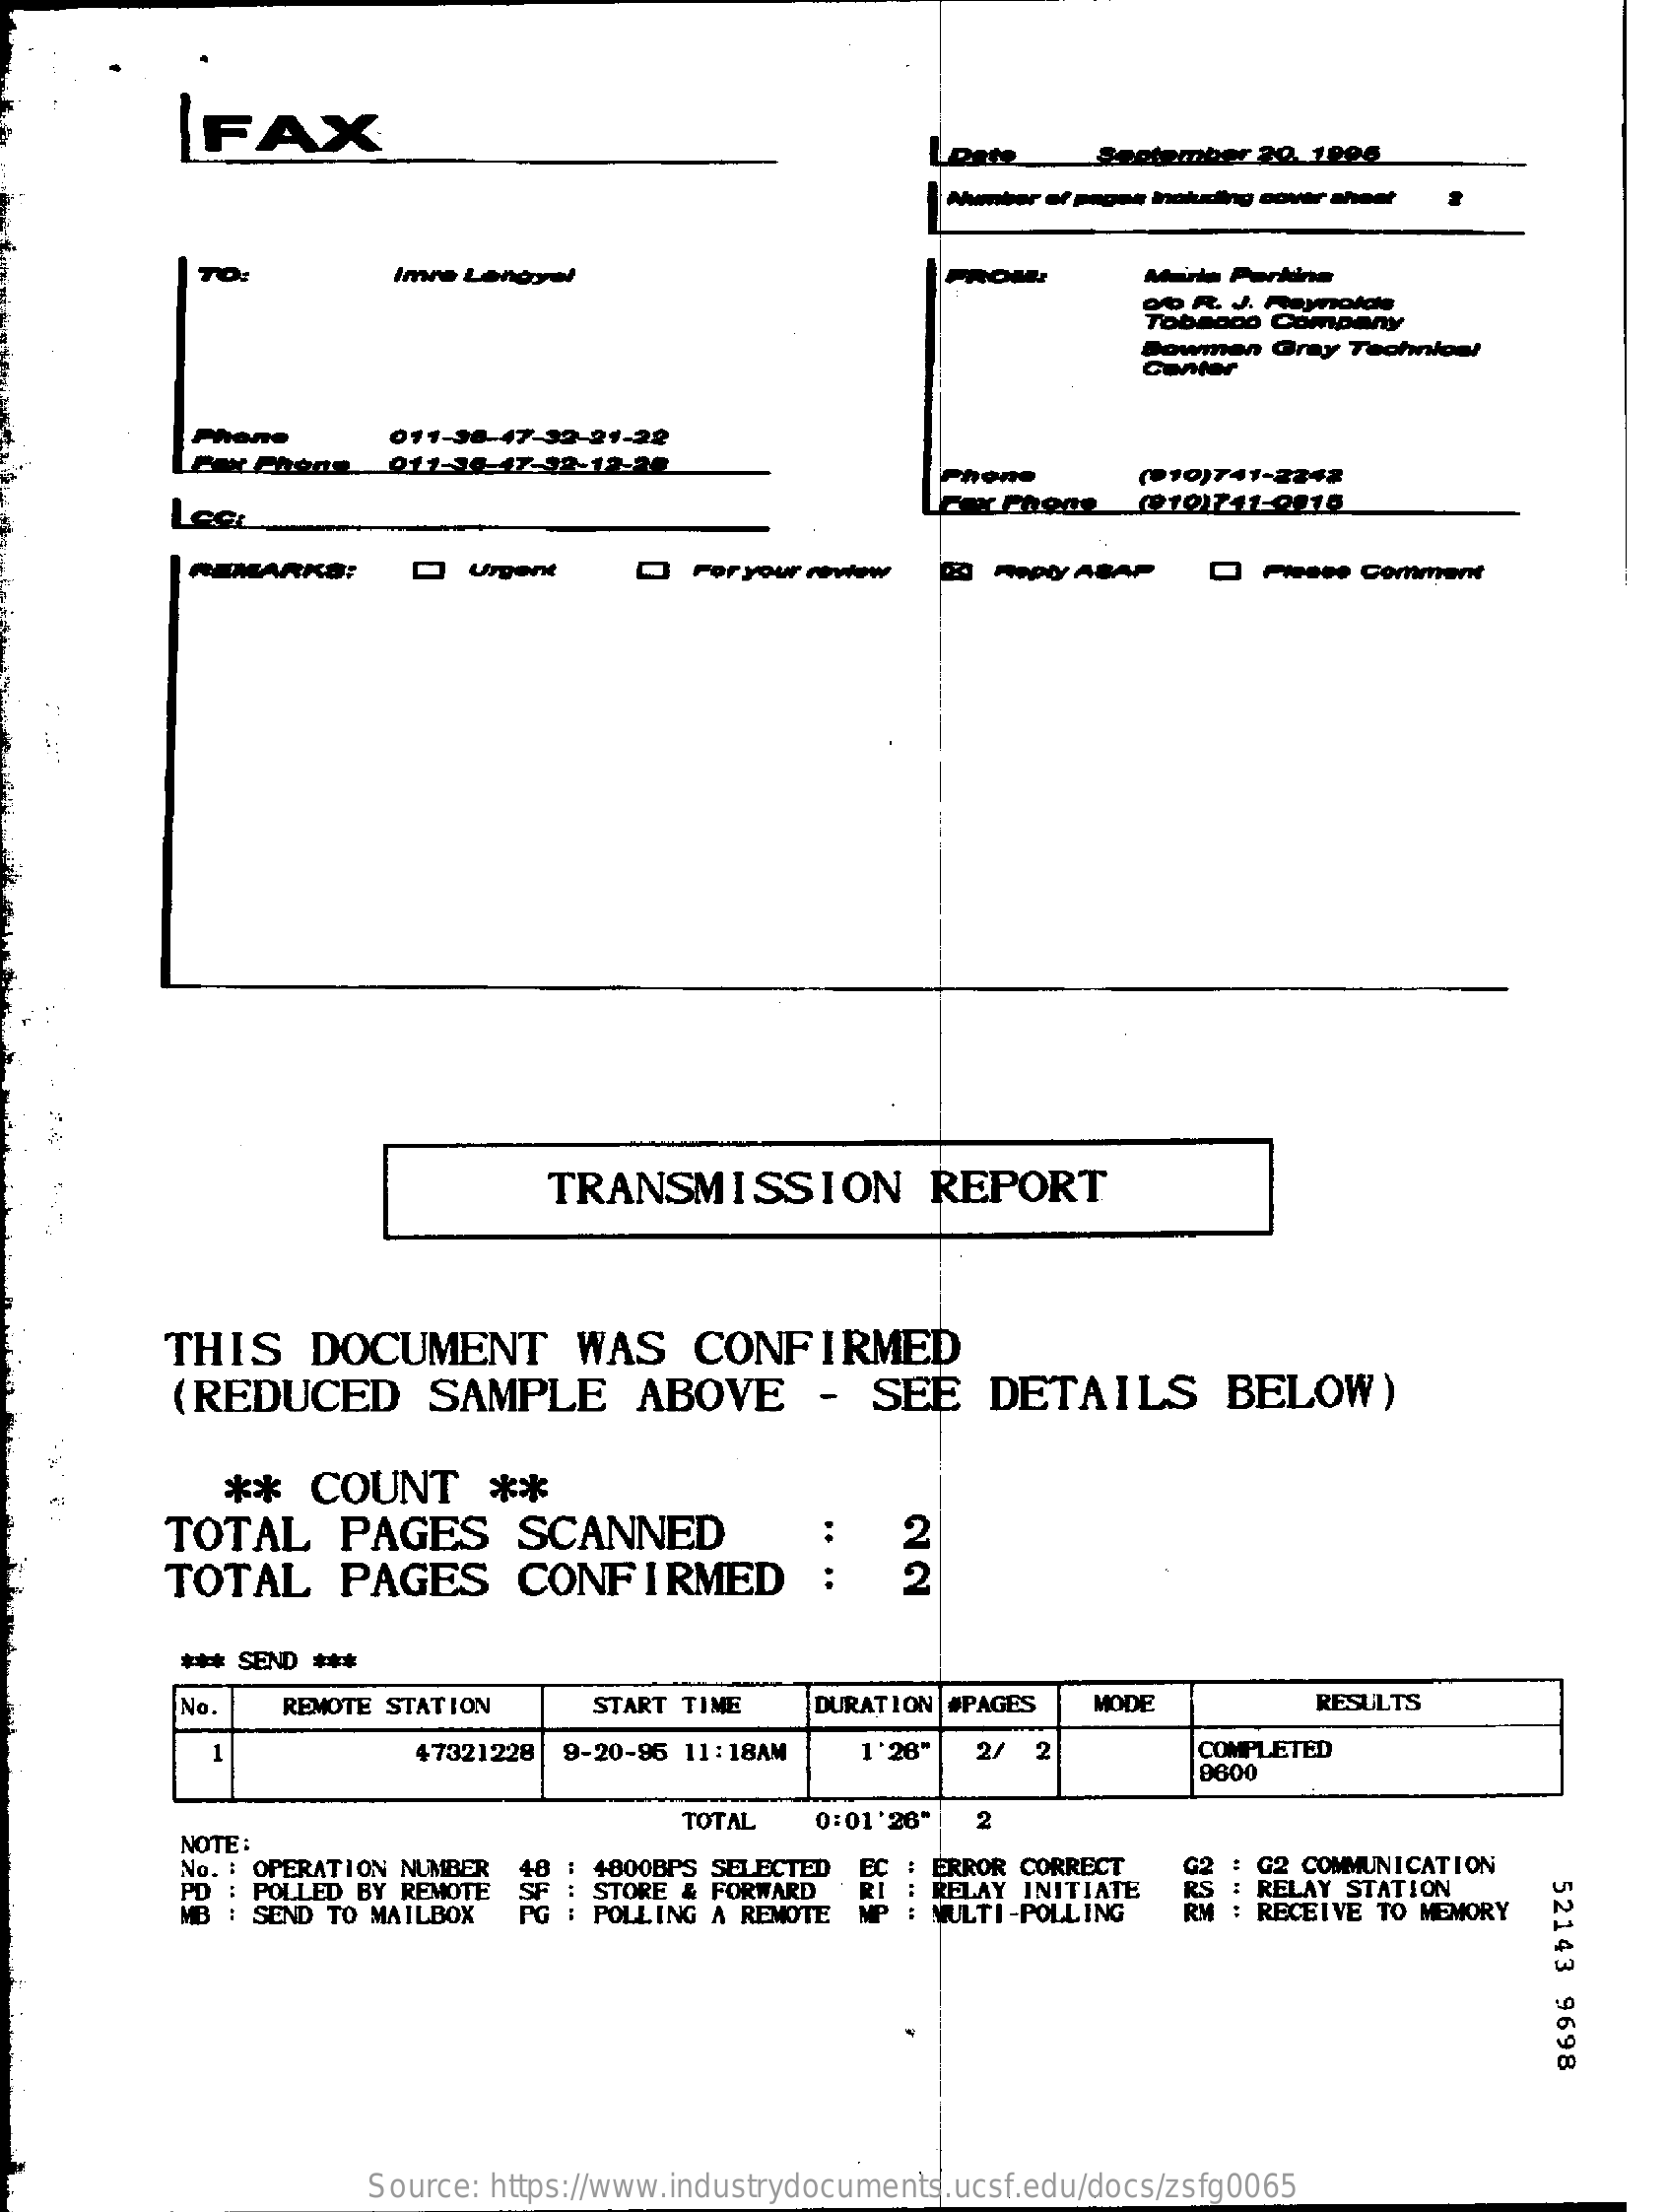
FAX
     September 20. 100g
     pone Inolny cover sheet
     TO:    Imre Lengyel    Marle Parking
     04 R. J. Paynotole
     Tobacco Company
     Bowman Gray Technion!
     Phone    011-38-47-39-21-22
     011-38-17-92-12-22
     Phone    (*10)741-2242
     Fax Phone (*19)741-2015
     REMARKS:  D  Urgent  Q For your review DO Reply ASAP DAinese Comment
     TRANSMISSION    REPORT
     THIS   DOCUMENT    WAS  CONFIRMED
     (REDUCED    SAMPLE   ABOVE    -  SEE  DETAILS    BELOW)
     **  COUNT    **
     TOTAL   PAGES    SCANNED
     TOTAL   PAGES    CONFIRMED
     2
     2
     *** SEND ***
     No   REMOTE STATION START TIME DURATION #PAGES MODE   RESULTS
     1    47321228 9-20-96 11:18AM 1'28' 2/ 2   COMPLETED
     9600
     TOTAL
     NOTE
     0:01 '26" 2
     ..
     .
     No. : OPERATION NUMBER .
     .
     .
     PD : POLLED BY REMOTE
     48  4800BPS SELECTED EC : ERROR CORRECT
     RELAY INITIATE RS
     G2 COMMUNICATION
     STORE & FORWARD    RELAY STATION
     52143
     9698
     MB : SEND TO MAILBOX PG : POLLING A REMOTE MULTI-POLLING RM : RECEIVE TO MEMORY
     Source: https://www.industrydocuments.ucsf.edu/docs/zsfg0065